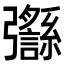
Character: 𢑈